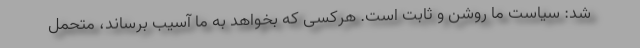
شد: سیاست ما روشن و ثابت است. هرکسی که بخواهد به ما آسیب برساند، متحمل